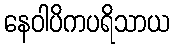
နေဝါပိကပရိသာယ